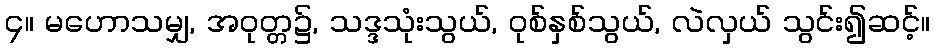
၄။ မဟောသမျှ, အဝုတ္တ၌, သဒ္ဒသုံးသွယ်, ဝုစ်နှစ်သွယ်, လဲလှယ် သွင်း၍ဆင့်။